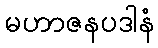
မဟာဇနပဒါနံ